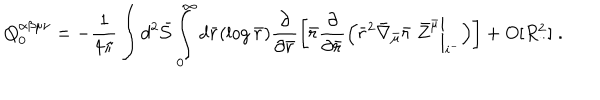
Q _ { 0 } ^ { \alpha \beta \mu \nu } = - \frac { 1 } { 4 \pi } \int d ^ { 2 } { \bar { \cal S } } \int _ { 0 } ^ { \infty } d { \bar { r } } ( \log { \bar { r } } ) \frac { \partial } { \partial { \bar { r } } } \left[ { \bar { r } } \frac { \partial } { \partial { \bar { r } } } \Bigl ( { \bar { r } } ^ { 2 } { \bar { \nabla } } _ { \bar { \mu } } { \bar { r } } \; { \bar { Z } } ^ { \bar { \mu } } \biggl | _ { i ^ { - } } \Bigr ) \right] + O [ R _ { . . } ^ { 2 } ] \; .